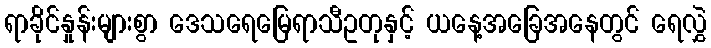
ရာခိုင်နှုန်းများစွာ ဒေသရေမြေရာသီဥတုနှင့် ယနေ့အခြေအနေတွင် ရေလွှဲ